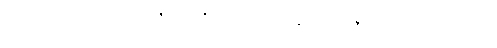
၃၁၄။ ဒါယကေန မတ္တာ ဇာနိတဗ္ဗာတိ၊ ဒါယကေန မတ္တာ ဇာနိတဗ္ဗာဟူသည်ကား။